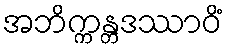
အဘိက္ကန္တဒဿာဝိံ